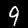
Label: 9